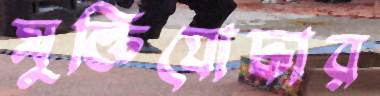
মুক্তিযোদ্ধার